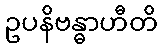
ဥပနိဗန္ဓာဟီတိ